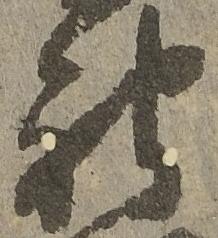
被